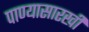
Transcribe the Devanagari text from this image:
पाण्यासारखी